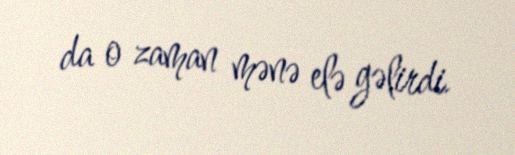
da o zaman mənə elə gəlirdi.